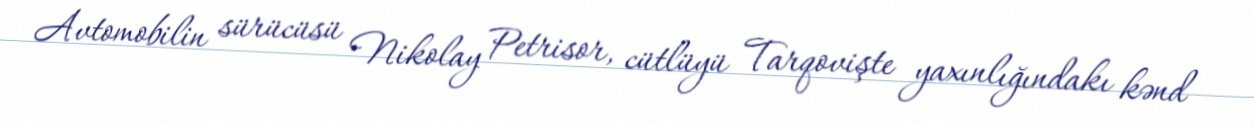
Avtomobilin sürücüsü Nikolay Petrisor, cütlüyü Tarqovişte yaxınlığındakı kənd